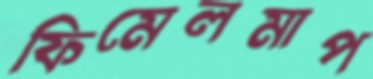
ফিমেলমাপ